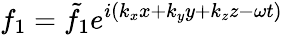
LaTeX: f_{1}={\tilde{f}}_{1}e^{i\left(k_{x}x+k_{y}y+k_{z}z-\omega t\right)}